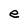
Character: e